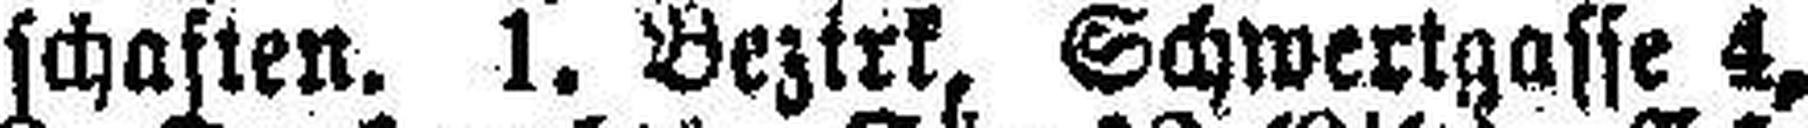
schaften. 1. Bezirk, Schwertgasse 4,